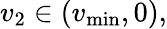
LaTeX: v_{2}\in(v_{\operatorname*{min}},0),